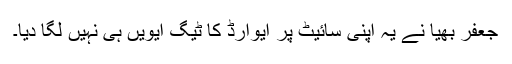
جعفر بھیا نے یہ اپنی سائیٹ پر ایوارڈ کا ٹیگ ایویں ہی نہیں لگا دیا۔